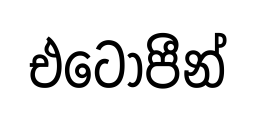
එටෝපීන්